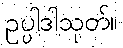
ဥပ္ပါဒါသုတ်။